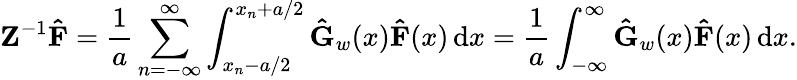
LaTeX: \mathbf{Z}^{-1}\mathbf{\hat{F}}=\frac{1}{a}\sum_{n=-\infty}^{\infty}\int_{x_{n}-a/2}^{x_{n}+a/2}\mathbf{\hat{G}}_{w}(x)\mathbf{\hat{F}}(x)\, \mathrm{d}x=\frac{1}{a}\int_{-\infty}^{\infty}\mathbf{\hat{G}}_{w}(x)\mathbf{\hat{F}}(x)\, \mathrm{d}x.